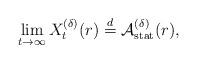
LaTeX: \begin{align*}\lim_{t\to\infty}X^{(\delta)}_t(r)\stackrel{d}{=}\mathcal{A}^{(\delta)}_{\rm stat}(r),\end{align*}